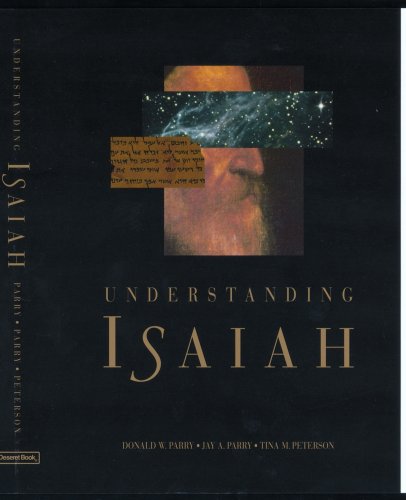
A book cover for Understanding Isaiah; Donald W. Parry; Christian Books & Bibles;